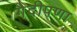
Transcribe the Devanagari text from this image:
गैदीपणा